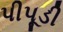
પીપૂડી